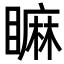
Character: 𥊚